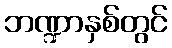
ဘဏ္ဍာနှစ်တွင်